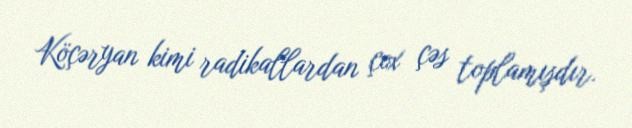
Köçəryan kimi radikallardan çox çəs toplamışdır.